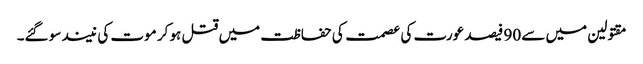
مقتولین میں سے 90 فیصد عورت کی عصمت کی حفاظت میں قتل ہو کر موت کی نیند سو گئے۔